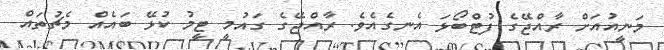
މަނީއުއަށް ރާއްޖޭގެ ފުޓްބޯޅަ އެނގެއެވެ. ރާއްޖޭގެ ގައުމީ ޓީމު ކުޅޭ ބައެއް މެޗުތައް